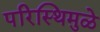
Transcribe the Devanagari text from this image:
परिस्थिमुळे